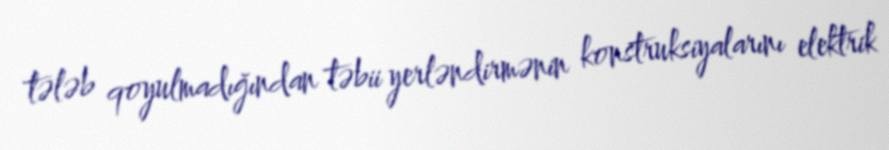
tələb qoyulmadığından təbii yerləndirmənin konstruksiyalarını elektrik